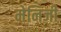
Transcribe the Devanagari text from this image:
मेनिजी